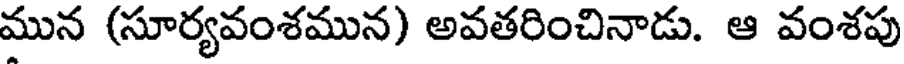
మున (సూర్యవంశమున) అవతరించినాడు. ఆ వంశపు